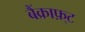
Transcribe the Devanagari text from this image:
बैंक्राफ़्ट